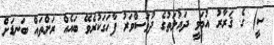
ސީ) ގެ ޤަރާރު އުމަވީ ދައުލަތުގެ ދުވަސްވަރު ފާހަގަކުރެވޭ ބައެއް ރަށްތައް ބަނޑަށް